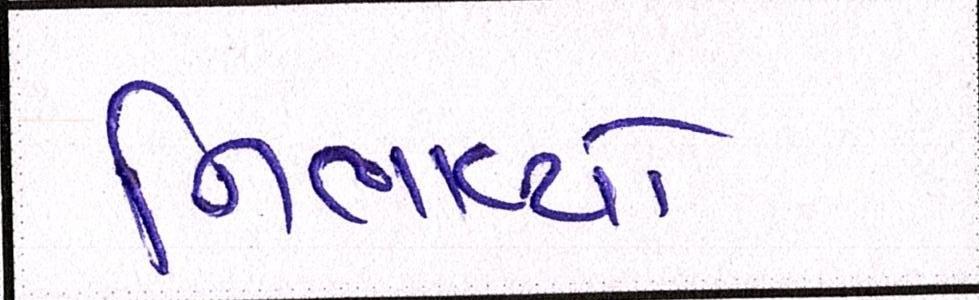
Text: નિભાવ્યો